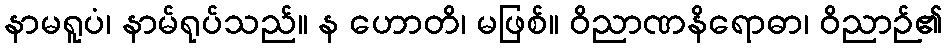
နာမရူပံ၊ နာမ်ရုပ်သည်။ န ဟောတိ၊ မဖြစ်။ ဝိညာဏနိရောဓာ၊ ဝိညာဉ်၏